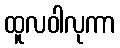
ထူလဝါလုကာ